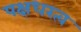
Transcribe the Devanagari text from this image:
पक्षधरत्व